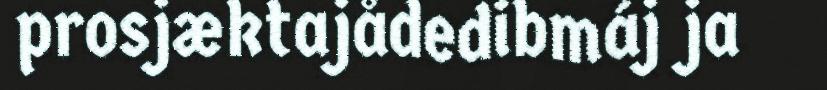
prosjæktajådedibmáj ja